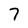
Character: 7